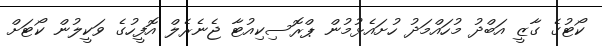
ކޯޓުގެ ގާޒީ އަބްދު މުހައްމަދު ހުށައެޅުމުން ޕްރޮސިކިއުޓާ ޖެނެރެލް އޮފީހުގެ ވަކީލުން ކޯޓަށް